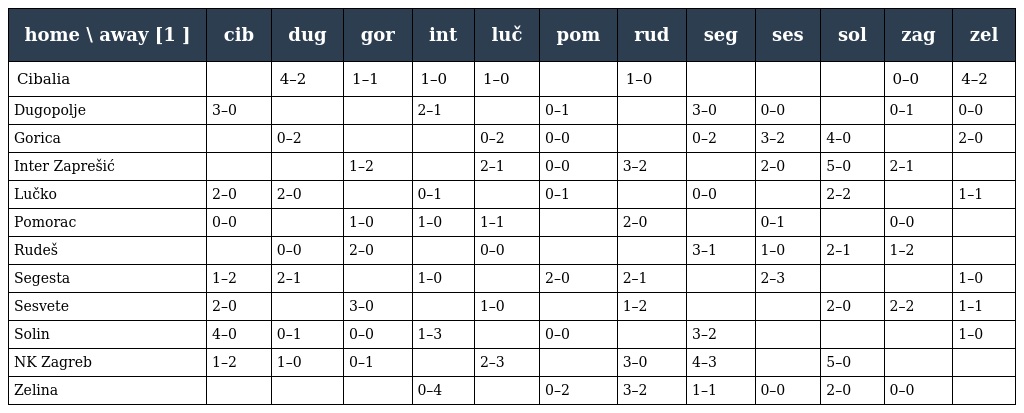
| home \ away [1 ] | cib | dug | gor | int | luč | pom | rud | seg | ses | sol | zag | zel |
 | --- | --- | --- | --- | --- | --- | --- | --- | --- | --- | --- | --- | --- |
 | Cibalia |  | 4–2 | 1–1 | 1–0 | 1–0 |  | 1–0 |  |  |  | 0–0 | 4–2 |
 | Dugopolje | 3–0 |  |  | 2–1 |  | 0–1 |  | 3–0 | 0–0 |  | 0–1 | 0–0 |
 | Gorica |  | 0–2 |  |  | 0–2 | 0–0 |  | 0–2 | 3–2 | 4–0 |  | 2–0 |
 | Inter Zaprešić |  |  | 1–2 |  | 2–1 | 0–0 | 3–2 |  | 2–0 | 5–0 | 2–1 |  |
 | Lučko | 2–0 | 2–0 |  | 0–1 |  | 0–1 |  | 0–0 |  | 2–2 |  | 1–1 |
 | Pomorac | 0–0 |  | 1–0 | 1–0 | 1–1 |  | 2–0 |  | 0–1 |  | 0–0 |  |
 | Rudeš |  | 0–0 | 2–0 |  | 0–0 |  |  | 3–1 | 1–0 | 2–1 | 1–2 |  |
 | Segesta | 1–2 | 2–1 |  | 1–0 |  | 2–0 | 2–1 |  | 2–3 |  |  | 1–0 |
 | Sesvete | 2–0 |  | 3–0 |  | 1–0 |  | 1–2 |  |  | 2–0 | 2–2 | 1–1 |
 | Solin | 4–0 | 0–1 | 0–0 | 1–3 |  | 0–0 |  | 3–2 |  |  |  | 1–0 |
 | NK Zagreb | 1–2 | 1–0 | 0–1 |  | 2–3 |  | 3–0 | 4–3 |  | 5–0 |  |  |
 | Zelina |  |  |  | 0–4 |  | 0–2 | 3–2 | 1–1 | 0–0 | 2–0 | 0–0 |  |